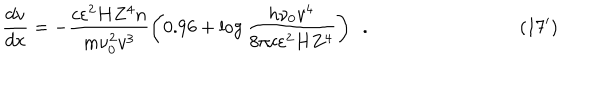
LaTeX: \qquad \qquad \qquad \qquad \qquad \frac { d v } { d x } = - \frac { c \varepsilon ^ { 2 } H Z ^ { 4 } n } { m \nu _ { 0 } ^ { 2 } v ^ { 3 } } \left( { 0 . 9 6 + \log \frac { h \nu _ { 0 } v ^ { 4 } } { 8 \pi c \varepsilon ^ { 2 } H Z ^ { 4 } } } \right) ~ ~ . \qquad \qquad \qquad \qquad ( 1 7 ^ { \prime } )